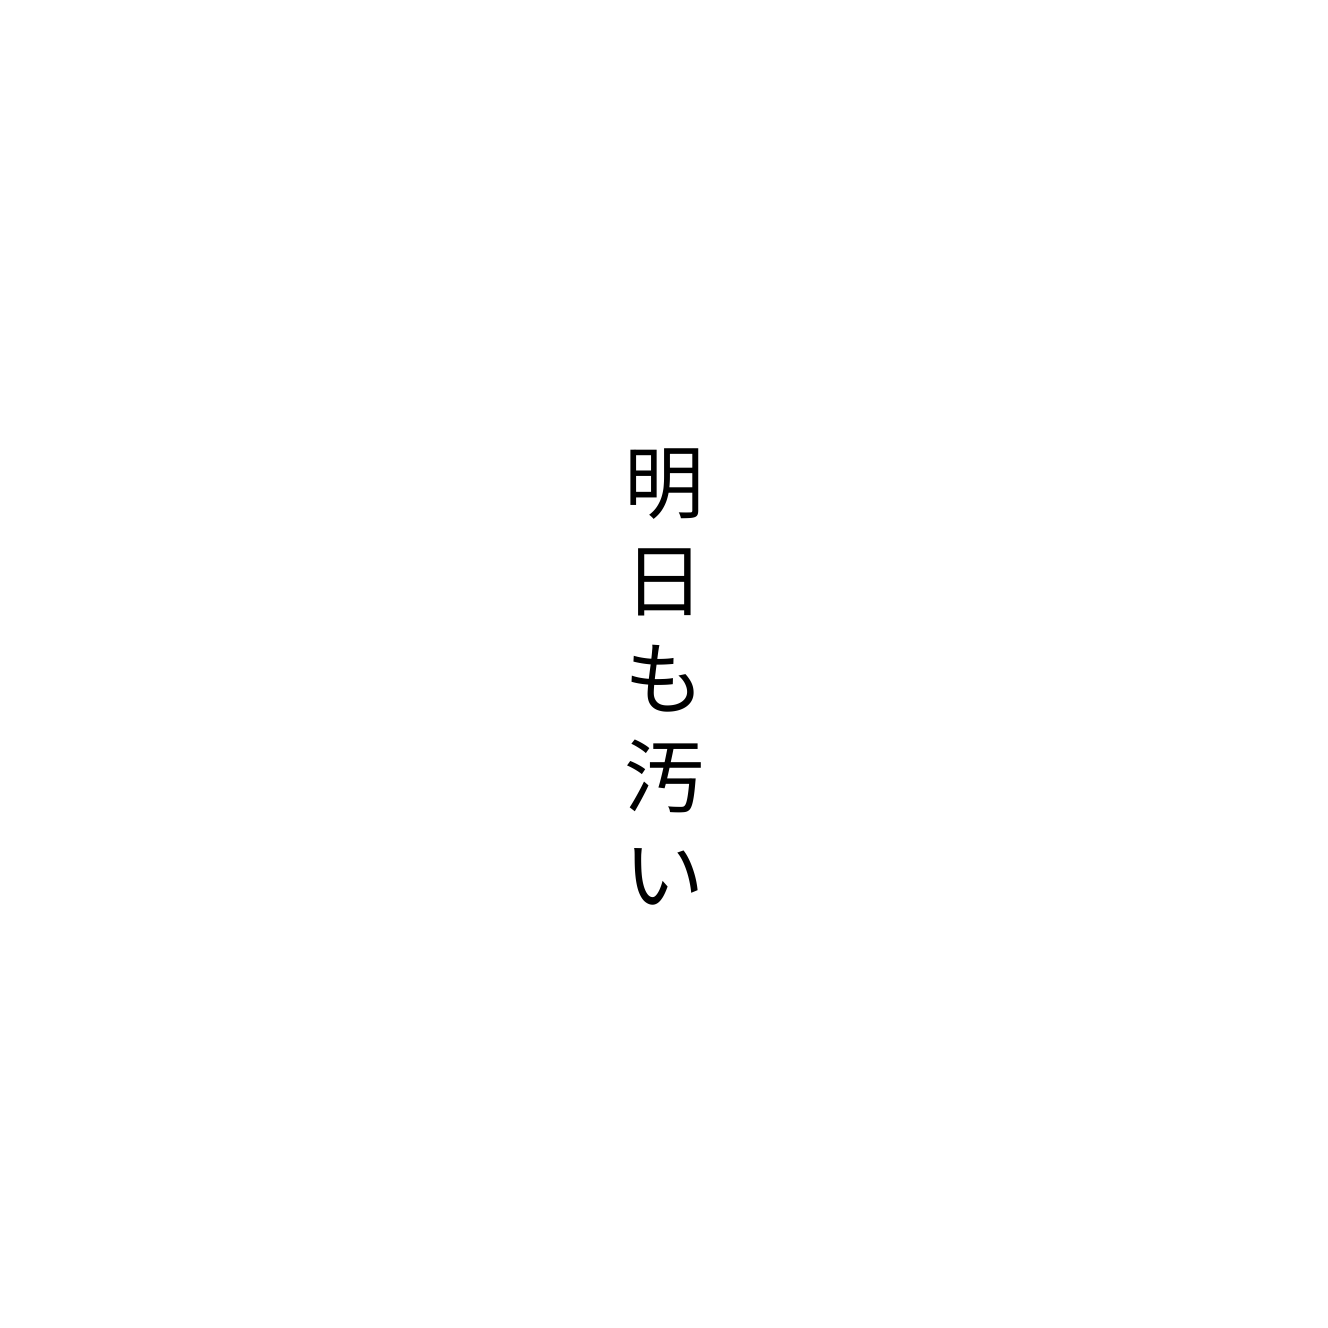
明日も汚い